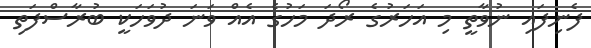
ފެނިފައި ނުވާތީ މި އަހަރުގެ ރޯދަ މަހުގެ އެއް ވަނަ ދުވަހަކީ ބުރާސްފަތި